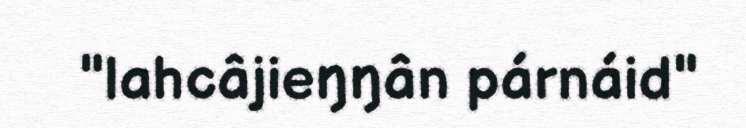
"lahcâjieŋŋân párnáid"